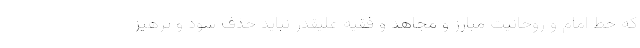
که خط امام و روحانیت مبارز و مجاهد و فقیه علیقدر نباید حذف شود و پرهیز